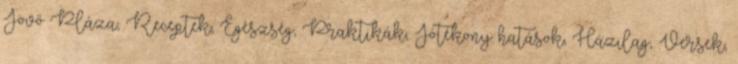
Jövő Pláza, Receptek, Egészség, Praktikák, Jótékony hatások, Házilag, Versek,